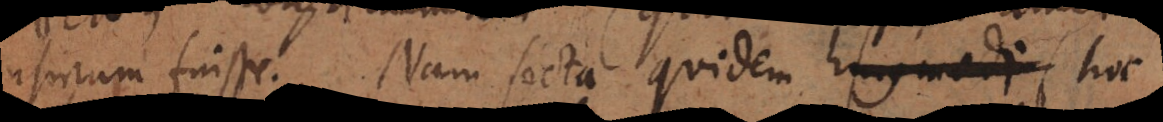
usurum fuisse. Nam secta quidem hujusmodi hoc